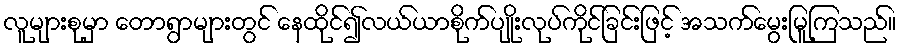
လူများစုမှာ တောရွာများတွင် နေထိုင်၍လယ်ယာစိုက်ပျိုးလုပ်ကိုင်ခြင်းဖြင့် အသက်မွေးမြူကြသည်။